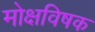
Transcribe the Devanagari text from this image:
मोक्षविषक